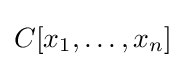
C[x_{1},\dots ,x_{n}]